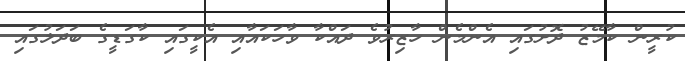
ކުރީން ކާމޭޒު ދޮށުގައި އެންމެން ހާޒިރުވެ ދައްކާ ވާހަކައާއި އެކީގައި ކާގަޑީގެ ބަދަލުގައި